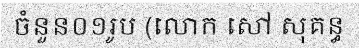
ចំនួន០១រូប (លោក សៅ សុគន្ធ